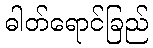
ဓါတ်ရောင်ခြည်